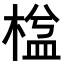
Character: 𣕆